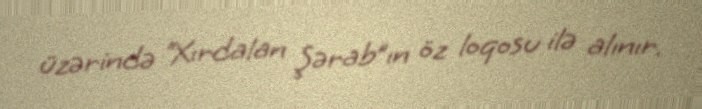
üzərində “Xırdalan Şərab”ın öz loqosu ilə alınır.